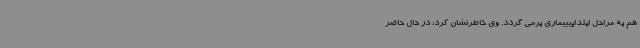
هم به مراحل ابتداییبیماری برمی گردد. وی خاطرنشان کرد: در حال حاضر